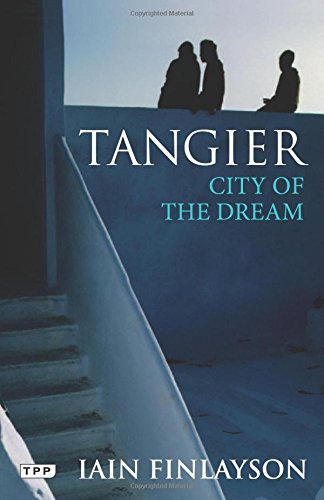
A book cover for Tangier: City of the Dream; Iain Finlayson; Travel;